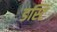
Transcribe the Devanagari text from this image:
डस्टिं